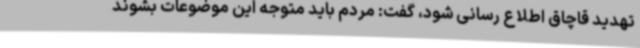
تهدید قاچاق اطلاع رسانی شود، گفت: مردم باید متوجه این موضوعات بشوند